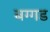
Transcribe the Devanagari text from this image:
बग्‍गड